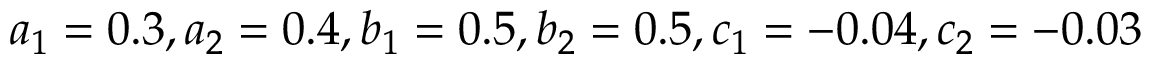
a _ { 1 } = 0 . 3 , a _ { 2 } = 0 . 4 , b _ { 1 } = 0 . 5 , b _ { 2 } = 0 . 5 , c _ { 1 } = - 0 . 0 4 , c _ { 2 } = - 0 . 0 3